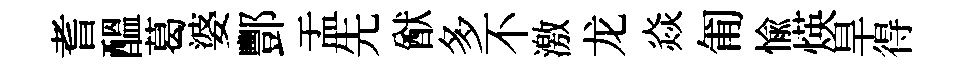
耆醖葛婆酆盂先猷多不激龙焱匍愉煐旱得